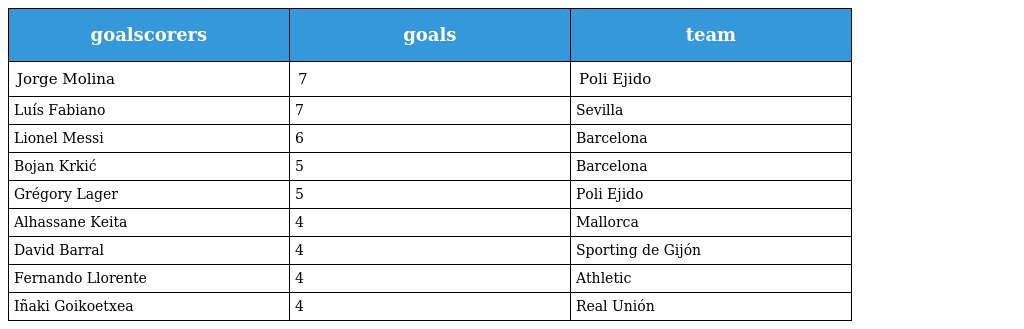
| goalscorers | goals | team |
 | --- | --- | --- |
 | Jorge Molina | 7 | Poli Ejido |
 | Luís Fabiano | 7 | Sevilla |
 | Lionel Messi | 6 | Barcelona |
 | Bojan Krkić | 5 | Barcelona |
 | Grégory Lager | 5 | Poli Ejido |
 | Alhassane Keita | 4 | Mallorca |
 | David Barral | 4 | Sporting de Gijón |
 | Fernando Llorente | 4 | Athletic |
 | Iñaki Goikoetxea | 4 | Real Unión |